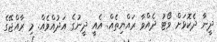
ދީނާ ދެކޮޅަށް ވޯޓު ދެއްވާ ރައްޔިތެއް. އެއީ ދީނުގެ އަދުއްވެއް. މި ރާއްޖޭގެ